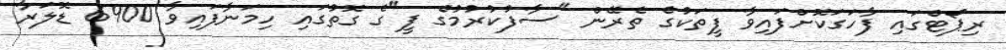
ރިޕޯޓްގައި ފާހަގަކޮށްފައިވާ ފީތަކުގެ ތެރޭން "ސާފުކުރުމުގެ ފީ"ގެ ގޮތުގައި ހިމަނާފައިވާ 6900 ޑޮލަރާ